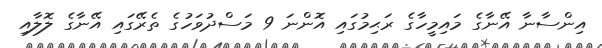
އިންސާނާ އޭނާގެ މައިމީހާގެ ރަޙިމުގައި އޮންނަ 9 މަސްދުވަހުގެ ތެރޭގައި އޭނާގެ ލޮލާއި